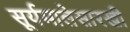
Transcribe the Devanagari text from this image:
सूर्यमालेसारखी